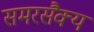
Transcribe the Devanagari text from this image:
समरसैक्य